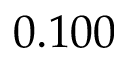
0 . 1 0 0